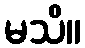
မသိ။